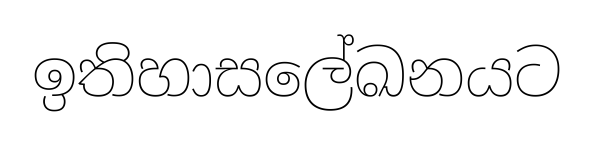
ඉතිහාසලේඛනයට